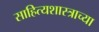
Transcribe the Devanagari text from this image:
साहित्यशास्त्राच्या